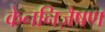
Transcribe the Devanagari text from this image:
केननिज़ैषण